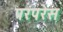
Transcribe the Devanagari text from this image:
परंपरेस